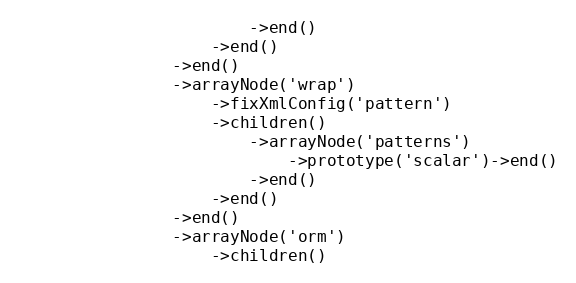
Language: PHP
                        ->end()
                    ->end()
                ->end()
                ->arrayNode('wrap')
                    ->fixXmlConfig('pattern')
                    ->children()
                        ->arrayNode('patterns')
                            ->prototype('scalar')->end()
                        ->end()
                    ->end()
                ->end()
                ->arrayNode('orm')
                    ->children()